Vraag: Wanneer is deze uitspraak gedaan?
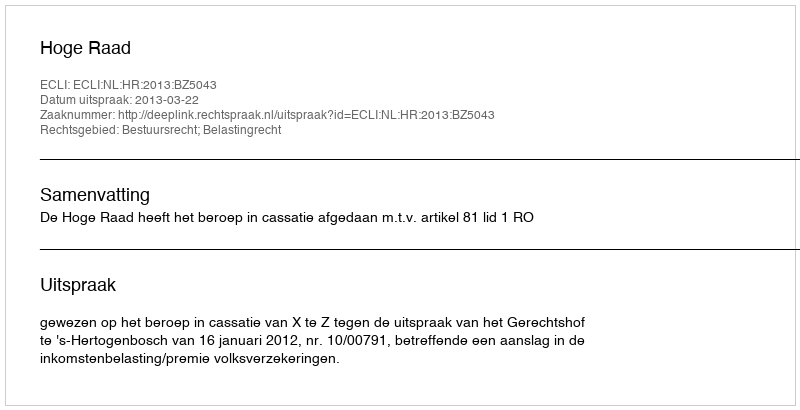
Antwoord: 2013-03-22